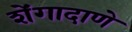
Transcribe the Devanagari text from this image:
शेंगादाणे